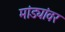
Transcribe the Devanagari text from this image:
मांड्यांवर